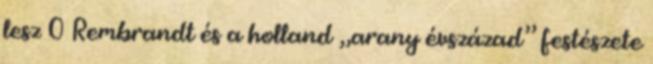
lesz 0 Rembrandt és a holland „arany évszázad” festészete